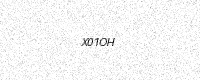
Text: X01OH